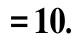
$=10.$